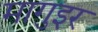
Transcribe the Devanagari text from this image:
मागुइर